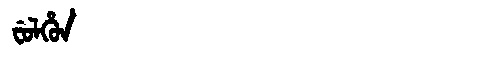
Manchu: ᠸᡠᠯᡥᡠᠨ
Romanization: FULHUN